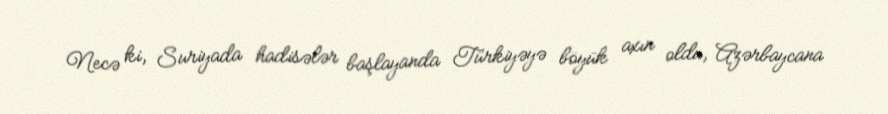
Necə ki, Suriyada hadisələr başlayanda Türkiyəyə böyük axın oldu, Azərbaycana